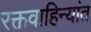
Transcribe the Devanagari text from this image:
रक्तवाहिन्यांत